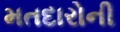
મતદારોની